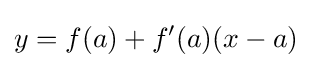
y=f(a)+f'(a)(x-a)